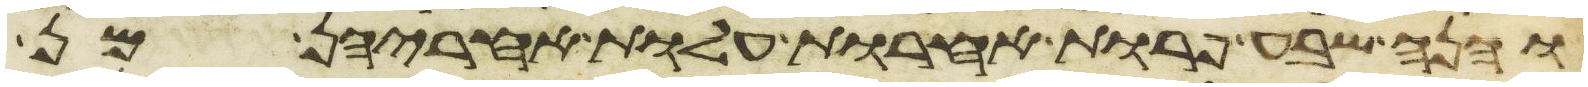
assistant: והנה שבע פרות אחרות עלות אחריהן מן